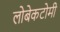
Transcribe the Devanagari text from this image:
लोबेकटोमी